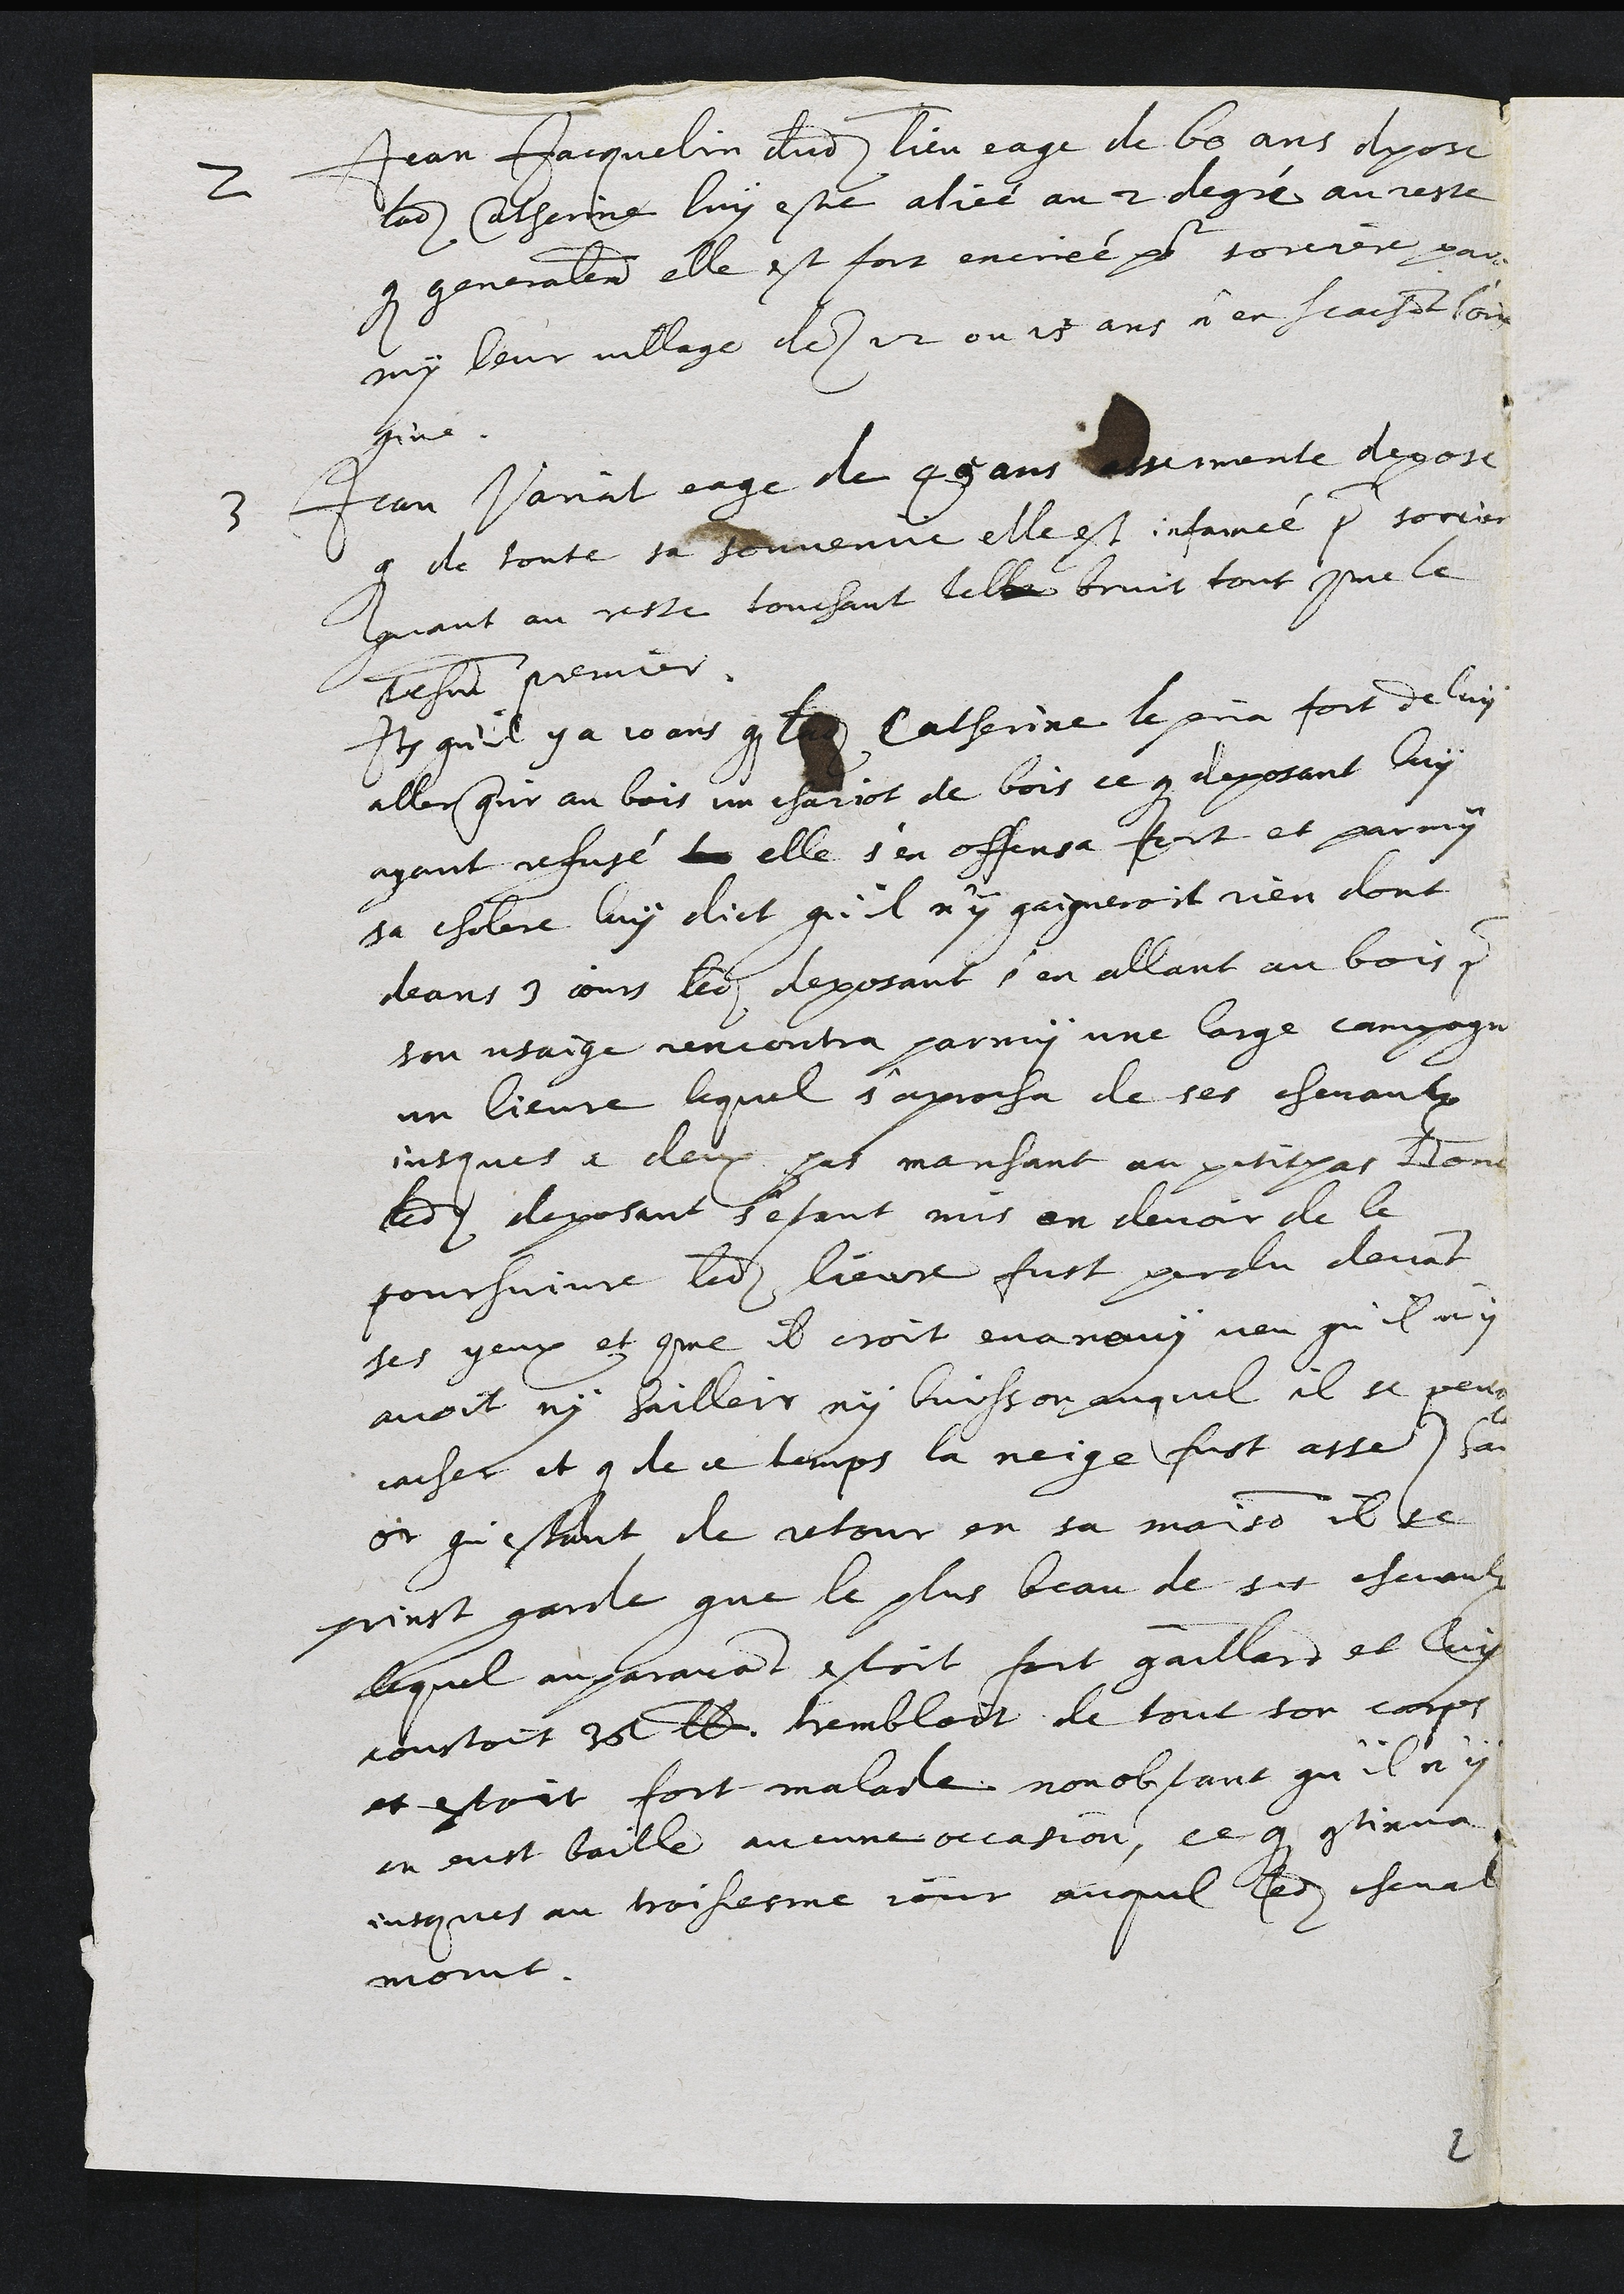
2 Jean Jacqulin dudit lieu eage de 60 ans depose
ladite Catherine luy estre aliée au 2 degré au reste
que generalement elle est fort encriée pour sorciere par
my leur village des 12 ou 15 ans n'en scachant l'ori
gine
3 Jean Variat eage de 45 ans assermente depose
que de toute sa souvenue elle est infamée pour sorciere
quant au reste touchant telle bruit tout comme le
tesmoin premier.
Item qu'il y a 10 ans que ladite Catherine le pria fort de luy
aller querir au bois un chariot de bois ce que deposant luy
ayant refusé sur elle s'en offensa fort et parmy
sa cholere luy dict qu'il n'y gaigneroit rien dont
deans 3 jours ledit deposant s'en allant au bois pour
son usaige rencontra parmy une large campagne
un lievre lequel s'aprocha de ses chevaulx
jusques a deux pas marchant au petit pas Dont
ledit deposant s'estant mis en devoir de le
poursuivre ledit lievre fust perdu devant
ses yeux et comme il croit evanouy veu qu'il n'y
avoit ny hailleir ny buisson auquel il se peust
cacher et que de ce temps la neige fust asses hautte
et qu'estant de retour en sa maison il se
prinst garde que le plus beau de ses chevaulx
lequel auparavant estoit fort gaillard et luy
coustoit 36 livres trembloit de tout son corps
et estoit fort malade nonobstant qu'il n'y
en eust baille aucune occasion, ce qui continua
jusques au troisiesme jour auquel ledit cheval
morut.